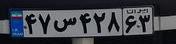
۴۷س۴۲۸۶۳